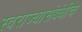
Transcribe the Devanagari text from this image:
स्वराज्यासंबंधीचे